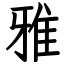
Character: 雅